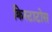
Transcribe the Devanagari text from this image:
क्रिस्टाटोस